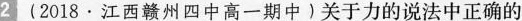
2 (2018·江西赣州四中高一期中)关于力的说法中正确的